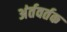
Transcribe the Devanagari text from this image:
अंर्तवर्तक